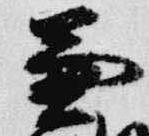
兼